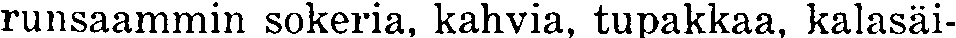
runsaammin sokeria, kahvia, tupakkaa, kalasäi-